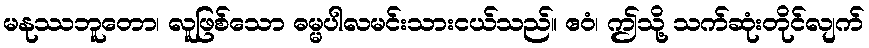
မနုဿဘူတော၊ လူဖြစ်သော ဓမ္မပါလမင်းသားငယ်သည်။ ဧဝံ၊ ဤသို့ သက်ဆုံးတိုင်လျက်